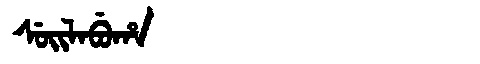
Manchu: ᠰᡠᡳᠯᠠᠪᡠᡥᠠ
Romanization: SUILABUHA